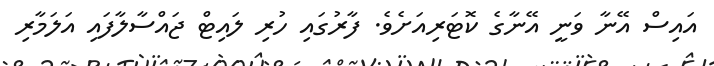
އައިސް އޭނާ ވަނީ އޭނާގެ ކޮޓަރިއަށެވެ. ފާރުގައި ހުރި ލައިޓް ޖައްސާލާފައި އަލަމާރި